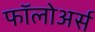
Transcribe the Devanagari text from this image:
फॉलोअर्स